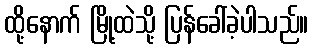
ထို့နောက် မြို့ထဲသို့ ပြန်ခေါ်ခဲ့ပါသည်။